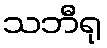
သဘီရု